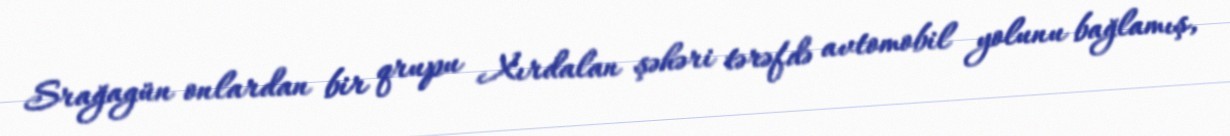
Srağagün onlardan bir qrupu Xırdalan şəhəri tərəfdə avtomobil yolunu bağlamış,